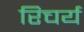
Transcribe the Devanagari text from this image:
रिचर्य